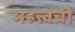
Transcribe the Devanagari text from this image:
महत्त्वची